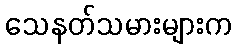
သေနတ်သမားများက